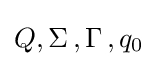
Q,\Sigma \,,\Gamma \,,q_{0}